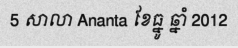
5 សាលា Ananta ខែធ្នូ ឆ្នាំ 2012